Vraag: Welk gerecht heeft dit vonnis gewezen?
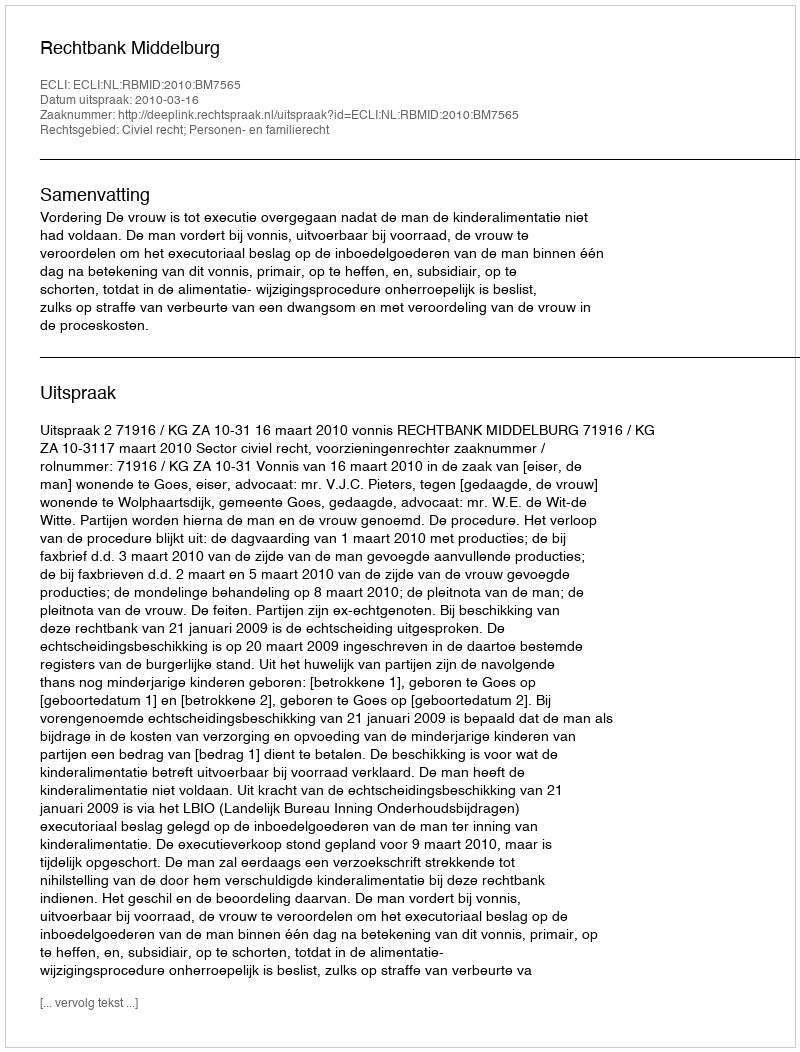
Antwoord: Rechtbank Middelburg